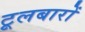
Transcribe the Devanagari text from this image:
टूलबारों